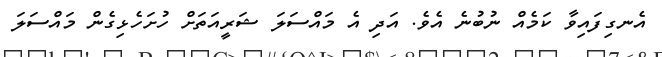
އެނގިފައިވާ ކަމެއް ނުބުނެ އެވެ. އަދި އެ މައްސަލަ ޝަރީއަތަށް ހުށަހެޅިގެން މައްސަލަ